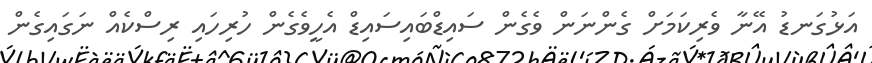
އަޅުގަނޑު އޭނާ ވެރިކަމަށް ގެންނަން ވެގެން ސައިޑްބައިސައިޑް އެހީވެގެން ހުރިހައި ރިސްކެއް ނަގައިގެން